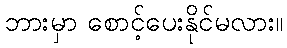
ဘားမှာ စောင့်ပေးနိုင်မလား။